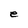
Character: e